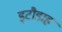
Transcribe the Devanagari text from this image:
इटौडाह